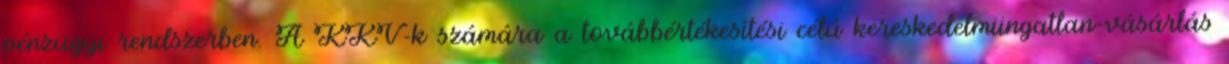
pénzügyi rendszerben. A KKV-k számára a továbbértékesítési célú kereskedelmiingatlan-vásárlás